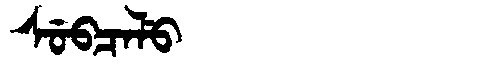
Manchu: ᠰᡠᠪᠴᠠᠯᡠ
Romanization: SUBCALU